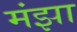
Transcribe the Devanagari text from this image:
मंझा